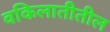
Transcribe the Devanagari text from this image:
वकिलातीतील